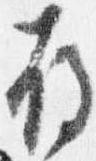
存